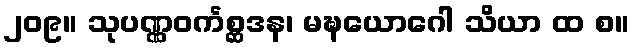
၂၀၉။ သုပဏ္ဏဝင်္ကစ္ဆဒန၊ မဍ္ဎယောဂေါ သိယာ ထ စ။